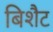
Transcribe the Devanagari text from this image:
बिशैट